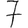
Digit: 7